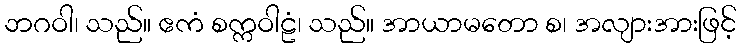
ဘဂဝါ၊ သည်။ ဧကံ စက္ကဝါဠံ၊ သည်။ အာယာမတော စ၊ အလျားအားဖြင့်